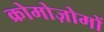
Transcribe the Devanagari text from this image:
क्रोमोज़ोमों